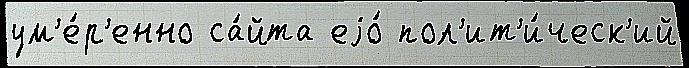
ум'е́р'енно са́йта еjо́ пол'ит'и́ческ'ий